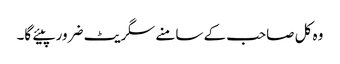
وہ کل صاحب کے سامنے سگریٹ ضرور پیئے گا۔